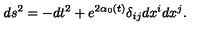
d s ^ { 2 } = - d t ^ { 2 } + e ^ { 2 \alpha _ { 0 } ( t ) } \delta _ { i j } d x ^ { i } d x ^ { j } .